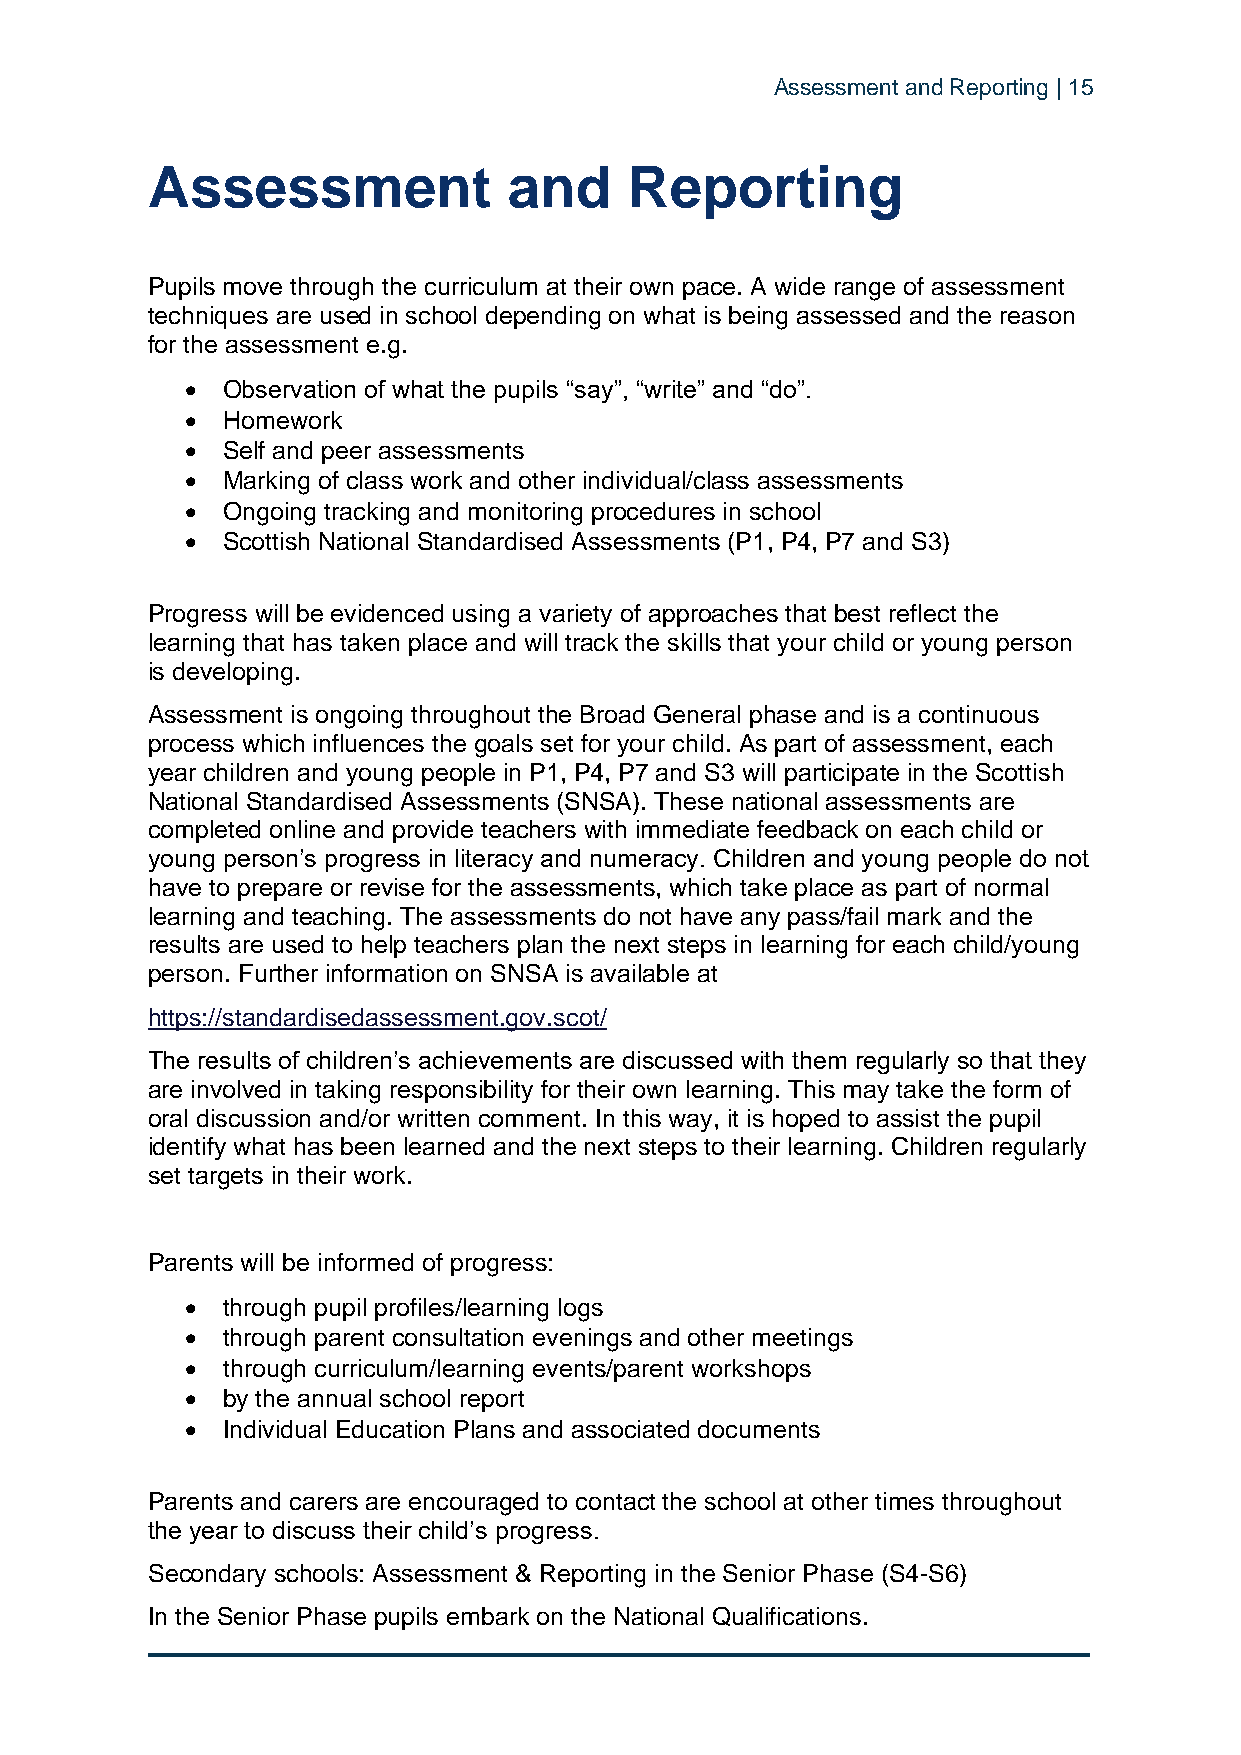
Assessment and Reporting | 15
 Assessment              and     Reporting
 Pupils move through the curriculum at their own pace. A wide range of assessment
 techniques are used in school depending on what is being assessed and the reason
 for the assessment e.g.
 •  Observation of what the pupils “say”, “write” and “do”.
 •  Homework
 •  Self and peer assessments
 •  Marking of class work and other individual/class assessments
 •  Ongoing tracking and monitoring procedures in school
 •  Scottish National Standardised Assessments (P1, P4, P7 and S3)
 Progress will be evidenced using a variety of approaches that best reflect the
 learning that has taken place and will track the skills that your child or young person
 is developing.
 Assessment is ongoing throughout the Broad General phase and is a continuous
 process which influences the goals set for your child. As part of assessment, each
 year children and young people in P1, P4, P7 and S3 will participate in the Scottish
 National Standardised Assessments (SNSA). These national assessments are
 completed online and provide teachers with immediate feedback on each child or
 young person’s progress in literacy and numeracy. Children and young people do not
 have to prepare or revise for the assessments, which take place as part of normal
 learning and teaching. The assessments do not have any pass/fail mark and the
 results are used to help teachers plan the next steps in learning for each child/young
 person. Further information on SNSA is available at
 https://standardisedassessment.gov.scot/
 The results of children’s achievements are discussed with them regularly so that they
 are involved in taking responsibility for their own learning. This may take the form of
 oral discussion and/or written comment. In this way, it is hoped to assist the pupil
 identify what has been learned and the next steps to their learning. Children regularly
 set targets in their work.
 Parents will be informed of progress:
 •  through pupil profiles/learning logs
 •  through parent consultation evenings and other meetings
 •  through curriculum/learning events/parent workshops
 •  by the annual school report
 •  Individual Education Plans and associated documents
 Parents and carers are encouraged to contact the school at other times throughout
 the year to discuss their child’s progress.
 Secondary schools: Assessment & Reporting in the Senior Phase (S4-S6)
 In the Senior Phase pupils embark on the National Qualifications.